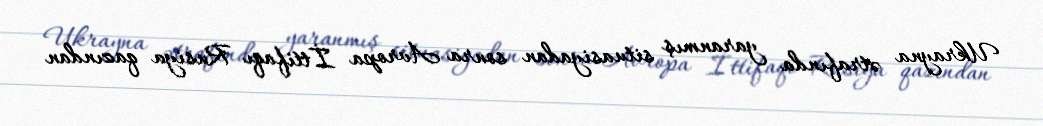
Ukrayna ətrafında yaranmış situasiyadan sonra Avropa İttifaqı Rusiya qazından